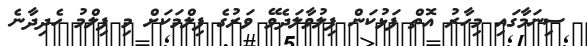
ސިނަމާގައި މިހާރު އޮތް ފަޅުކަން ފިލުވާލަދެވޭ ވަރުގެ ފިލްމަކަށް މި ފިލްމު ހެދިދާނެ